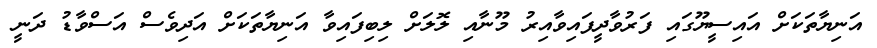
އަނިޔާތަކަށް އައިސީޔޫގައި ފަރުވާދީފައިވާއިރު މޫނާއި ލޮލަށް ލިބިފައިވާ އަނިޔާތަކަށް އަދިވެސް އަސްވާޑު ދަނީ